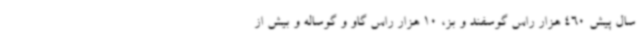
سال پیش 460 هزار راس گوسفند و بز، 10 هزار راس گاو و گوساله و بیش از